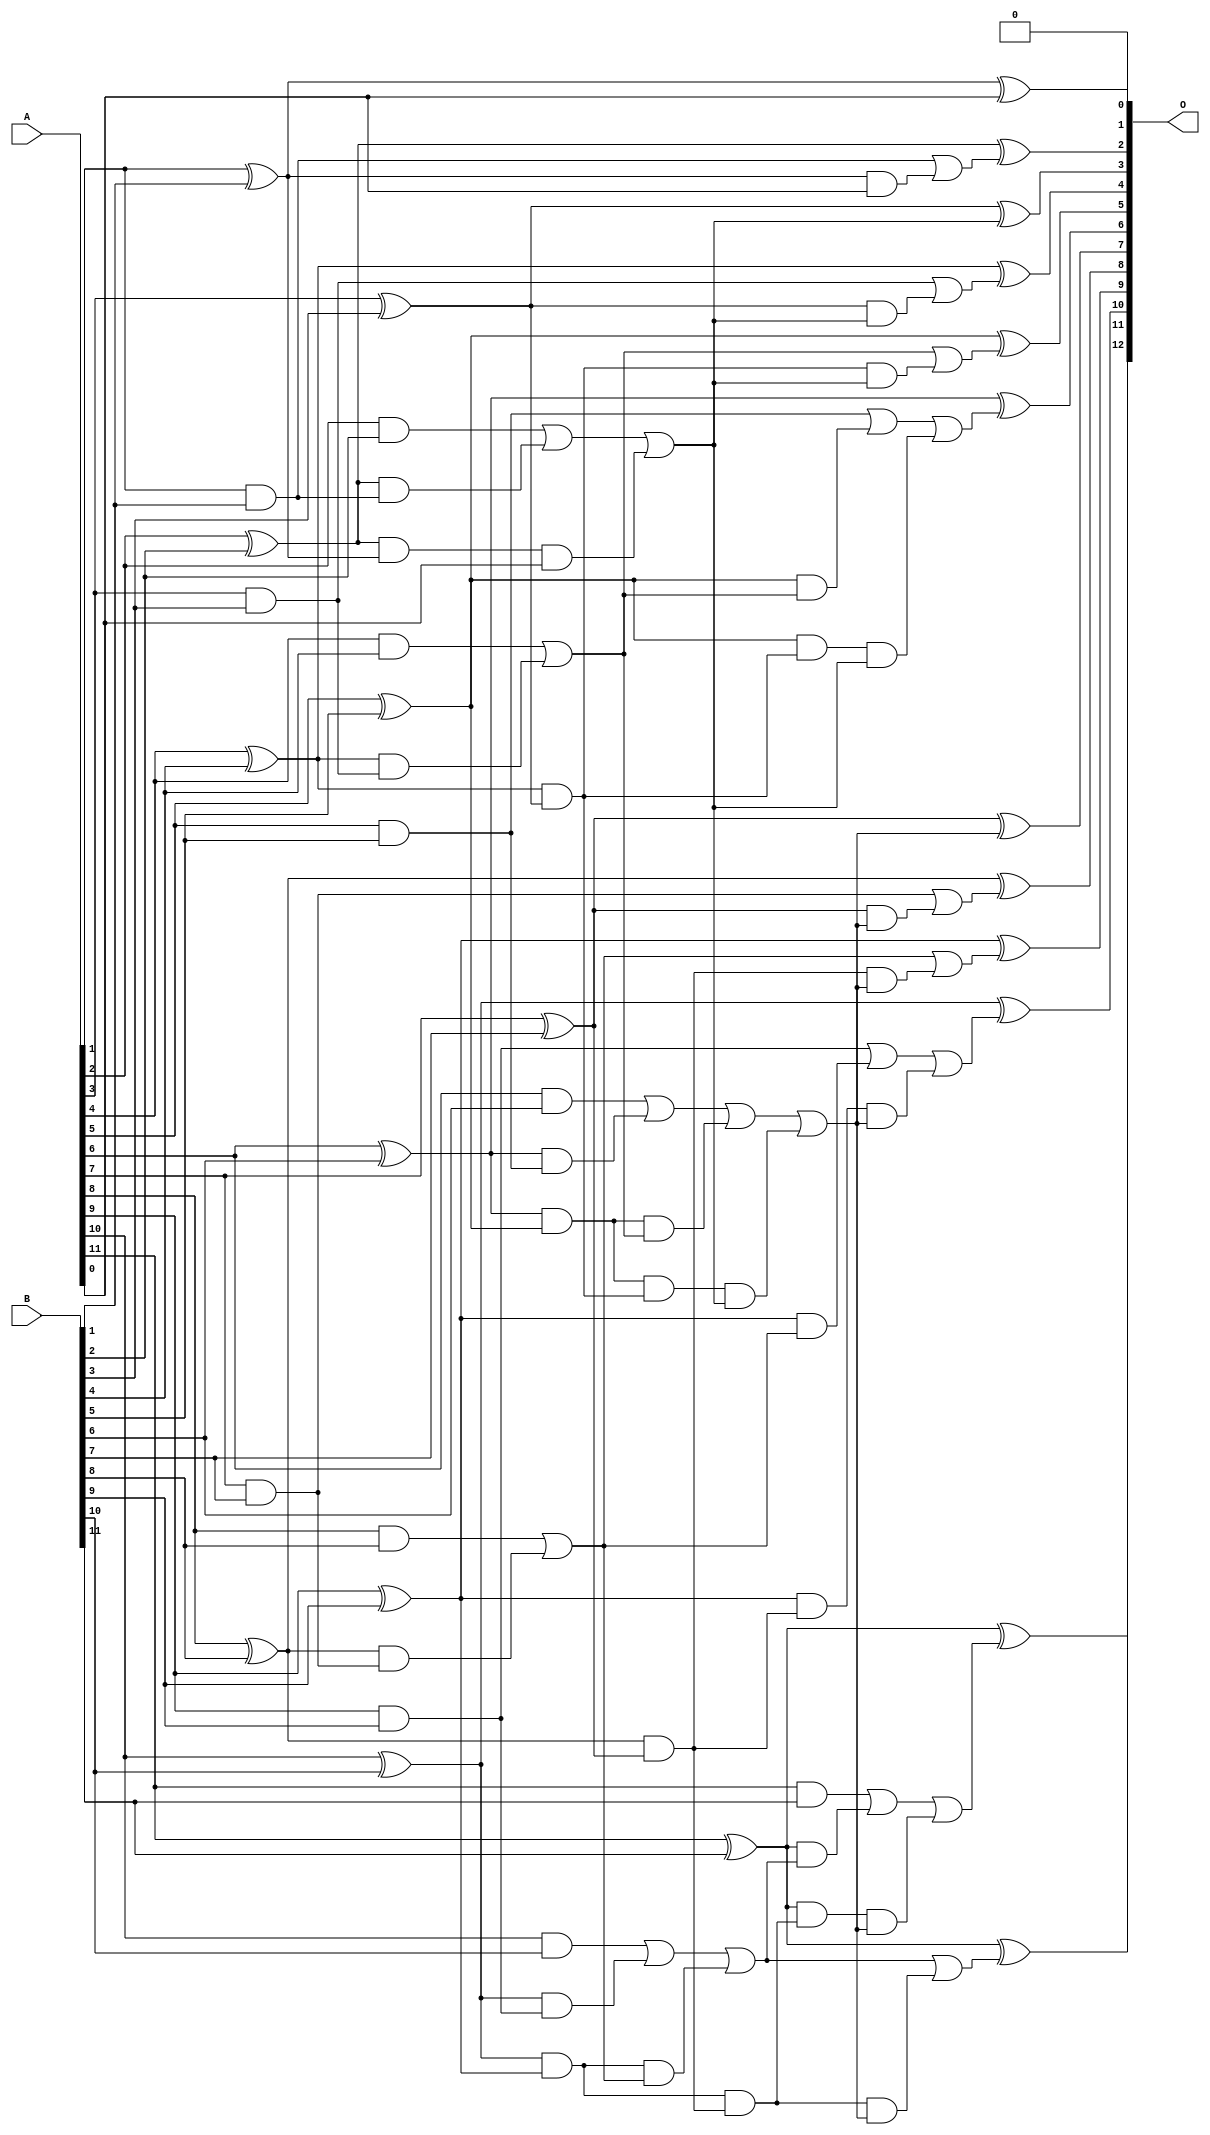
/***
* This code is a part of EvoApproxLib library (ehw.fit.vutbr.cz/approxlib) distributed under The MIT License.
* When used, please cite the following article(s): V. Mrazek, L. Sekanina, Z. Vasicek "Libraries of Approximate Circuits: Automated Design and Application in CNN Accelerators" IEEE Journal on Emerging and Selected Topics in Circuits and Systems, Vol 10, No 4, 2020 
* This file contains a circuit from a sub-set of pareto optimal circuits with respect to the pwr and wce parameters
***/
// MAE% = 0.012 %
// MAE = 0.5 
// WCE% = 0.024 %
// WCE = 1.0 
// WCRE% = 100.00 %
// EP% = 50.00 %
// MRE% = 0.21 %
// MSE = 0.5 
// PDK45_PWR = 0.052 mW
// PDK45_AREA = 102.3 um2
// PDK45_DELAY = 0.92 ns

module add12se_58Y (
    A,
    B,
    O
);

input [11:0] A;
input [11:0] B;
output [12:0] O;

wire sig_26,sig_27,sig_28,sig_29,sig_30,sig_31,sig_32,sig_33,sig_34,sig_35,sig_36,sig_37,sig_38,sig_39,sig_40,sig_41,sig_42,sig_43,sig_44,sig_45;
wire sig_46,sig_47,sig_48,sig_49,sig_50,sig_51,sig_52,sig_53,sig_54,sig_55,sig_56,sig_57,sig_58,sig_59,sig_60,sig_61,sig_62,sig_63,sig_64,sig_65;
wire sig_66,sig_67,sig_68,sig_69,sig_70,sig_71,sig_72,sig_73,sig_74,sig_75,sig_76,sig_77,sig_78,sig_79,sig_80,sig_81,sig_82,sig_83,sig_84,sig_85;
wire sig_86,sig_87,sig_88,sig_89,sig_90,sig_91,sig_92,sig_93,sig_94,sig_95,sig_96,sig_97,sig_98,sig_99,sig_100,sig_101,sig_102,sig_103,sig_104,sig_105;
wire sig_106,sig_107,sig_108,sig_109,sig_110,sig_111,sig_112;

assign sig_26 = A[1] & B[1];
assign sig_27 = A[1] ^ B[1];
assign sig_28 = A[2] & B[2];
assign sig_29 = A[2] ^ B[2];
assign sig_30 = A[3] & B[3];
assign sig_31 = A[3] ^ B[3];
assign sig_32 = A[4] & B[4];
assign sig_33 = A[4] ^ B[4];
assign sig_34 = A[5] & B[5];
assign sig_35 = A[5] ^ B[5];
assign sig_36 = A[6] & B[6];
assign sig_37 = A[6] ^ B[6];
assign sig_38 = A[7] & B[7];
assign sig_39 = A[7] ^ B[7];
assign sig_40 = A[8] & B[8];
assign sig_41 = A[8] ^ B[8];
assign sig_42 = A[9] & B[9];
assign sig_43 = A[9] ^ B[9];
assign sig_44 = A[10] & B[10];
assign sig_45 = A[10] ^ B[10];
assign sig_46 = A[11] & B[11];
assign sig_47 = A[11] ^ B[11];
assign sig_48 = A[11] ^ B[11];
assign sig_49 = sig_29 & sig_26;
assign sig_50 = sig_29 & sig_27;
assign sig_51 = sig_28 | sig_49;
assign sig_52 = sig_33 & sig_30;
assign sig_53 = sig_33 & sig_31;
assign sig_54 = sig_32 | sig_52;
assign sig_55 = sig_37 & sig_34;
assign sig_56 = sig_37 & sig_35;
assign sig_57 = sig_36 | sig_55;
assign sig_58 = sig_41 & sig_38;
assign sig_59 = sig_41 & sig_39;
assign sig_60 = sig_40 | sig_58;
assign sig_61 = sig_45 & sig_42;
assign sig_62 = sig_45 & sig_43;
assign sig_63 = sig_44 | sig_61;
assign sig_64 = sig_27 & A[0];
assign sig_65 = sig_26 | sig_64;
assign sig_66 = sig_50 & A[0];
assign sig_67 = sig_51 | sig_66;
assign sig_68 = sig_35 & sig_54;
assign sig_69 = sig_35 & sig_53;
assign sig_70 = sig_34 | sig_68;
assign sig_71 = sig_56 & sig_54;
assign sig_72 = sig_56 & sig_53;
assign sig_73 = sig_57 | sig_71;
assign sig_74 = sig_43 & sig_60;
assign sig_75 = sig_43 & sig_59;
assign sig_76 = sig_42 | sig_74;
assign sig_77 = sig_62 & sig_60;
assign sig_78 = sig_62 & sig_59;
assign sig_79 = sig_63 | sig_77;
assign sig_80 = sig_31 & sig_67;
assign sig_81 = sig_30 | sig_80;
assign sig_82 = sig_53 & sig_67;
assign sig_83 = sig_54 | sig_82;
assign sig_84 = sig_69 & sig_67;
assign sig_85 = sig_70 | sig_84;
assign sig_86 = sig_72 & sig_67;
assign sig_87 = sig_73 | sig_86;
assign sig_88 = sig_47 & sig_79;
assign sig_89 = sig_47 & sig_78;
assign sig_90 = sig_46 | sig_88;
assign sig_91 = sig_39 & sig_87;
assign sig_92 = sig_38 | sig_91;
assign sig_93 = sig_59 & sig_87;
assign sig_94 = sig_60 | sig_93;
assign sig_95 = sig_75 & sig_87;
assign sig_96 = sig_76 | sig_95;
assign sig_97 = sig_78 & sig_87;
assign sig_98 = sig_79 | sig_97;
assign sig_99 = sig_89 & sig_87;
assign sig_100 = sig_90 | sig_99;
assign sig_101 = sig_27 ^ A[0];
assign sig_102 = sig_29 ^ sig_65;
assign sig_103 = sig_31 ^ sig_67;
assign sig_104 = sig_33 ^ sig_81;
assign sig_105 = sig_35 ^ sig_83;
assign sig_106 = sig_37 ^ sig_85;
assign sig_107 = sig_39 ^ sig_87;
assign sig_108 = sig_41 ^ sig_92;
assign sig_109 = sig_43 ^ sig_94;
assign sig_110 = sig_45 ^ sig_96;
assign sig_111 = sig_47 ^ sig_98;
assign sig_112 = sig_48 ^ sig_100;

assign O[12] = sig_112;
assign O[11] = sig_111;
assign O[10] = sig_110;
assign O[9] = sig_109;
assign O[8] = sig_108;
assign O[7] = sig_107;
assign O[6] = sig_106;
assign O[5] = sig_105;
assign O[4] = sig_104;
assign O[3] = sig_103;
assign O[2] = sig_102;
assign O[1] = sig_101;
assign O[0] = 1'b0;

endmodule